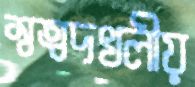
স্বত্বদখলীয়